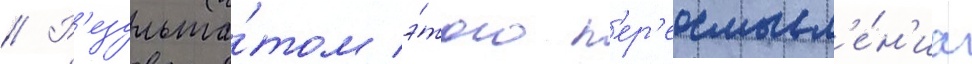
// Р'езульта́том э́того п'ер'еосмысл'е́н'иа